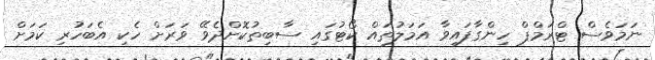
ނަމަވެސް ޓްރަމްޕް ހިންގާފައިވާ އަމަލުތައް ކޯޓުގައި ސާބިތުކޮށްދެވޭ ވަރަށް ހެކި އެބަހުރި ކަމަށް